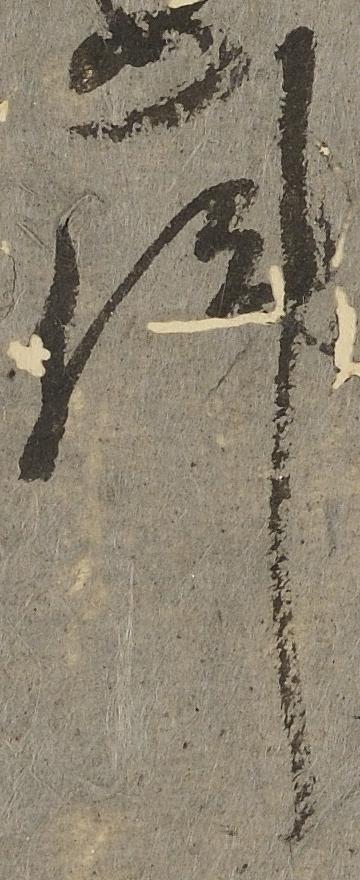
件